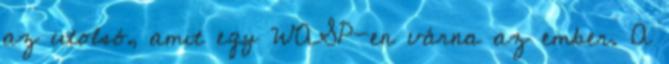
az utolsó, amit egy WASP-en várna az ember. A